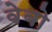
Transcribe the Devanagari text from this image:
वेबो